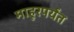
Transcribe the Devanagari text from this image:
माहूरपर्यंत